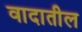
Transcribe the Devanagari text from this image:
वादातील